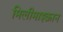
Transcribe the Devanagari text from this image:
मिलीमाइक्रान